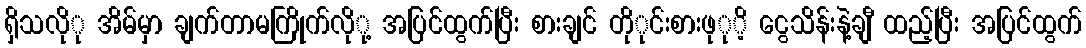
ရှိသလိုု အိမ်မှာ ချက်တာမကြိုက်လိုု့ အပြင်ထွက်ပြီး စားချင် တိုုင်းစားဖုုိ့ ငွေသိန်းနဲ့ချီ ထည့်ပြီး အပြင်ထွက်